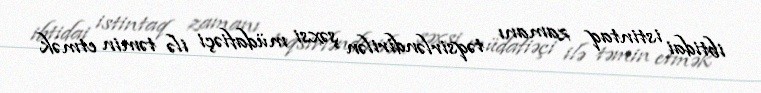
ibtidai istintaq zamanı təqsirləndirilən şəxsi müdafiəçi ilə təmin etmək